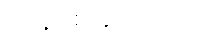
ကျန်ရစ် ခဲ့ပါတယ်။